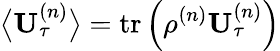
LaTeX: \big\langle\mathbf{U}_{\tau}^{\left(n\right)}\big\rangle=\operatorname{tr}\left(\rho^{\left(n\right)}\mathbf{U}_{\tau}^{\left(n\right)}\right)